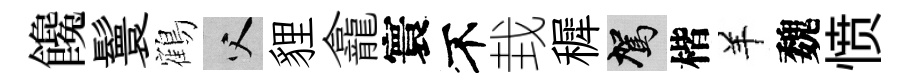
饞鬟鶴父貍龕寰不㘽穉駕楷羊魏愤